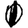
Digit: 1